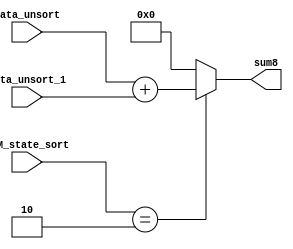
//27bit8bit
module adder7(
    input [6:0] data_unsort, //?
    input [6:0] data_unsort_1, //?
    input [2:0] FSM_state_sort, //?

    output wire [7:0] sum8
);

//wire [2:0] sum4_1;
localparam	Sort	= 3'b010; //?

assign sum8 =(FSM_state_sort == Sort) ? (data_unsort + data_unsort_1) : 0;
 

endmodule